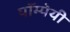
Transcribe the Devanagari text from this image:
पॉम्पेयी